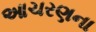
આચરણના